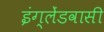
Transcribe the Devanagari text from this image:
इंग्लेंडवासी